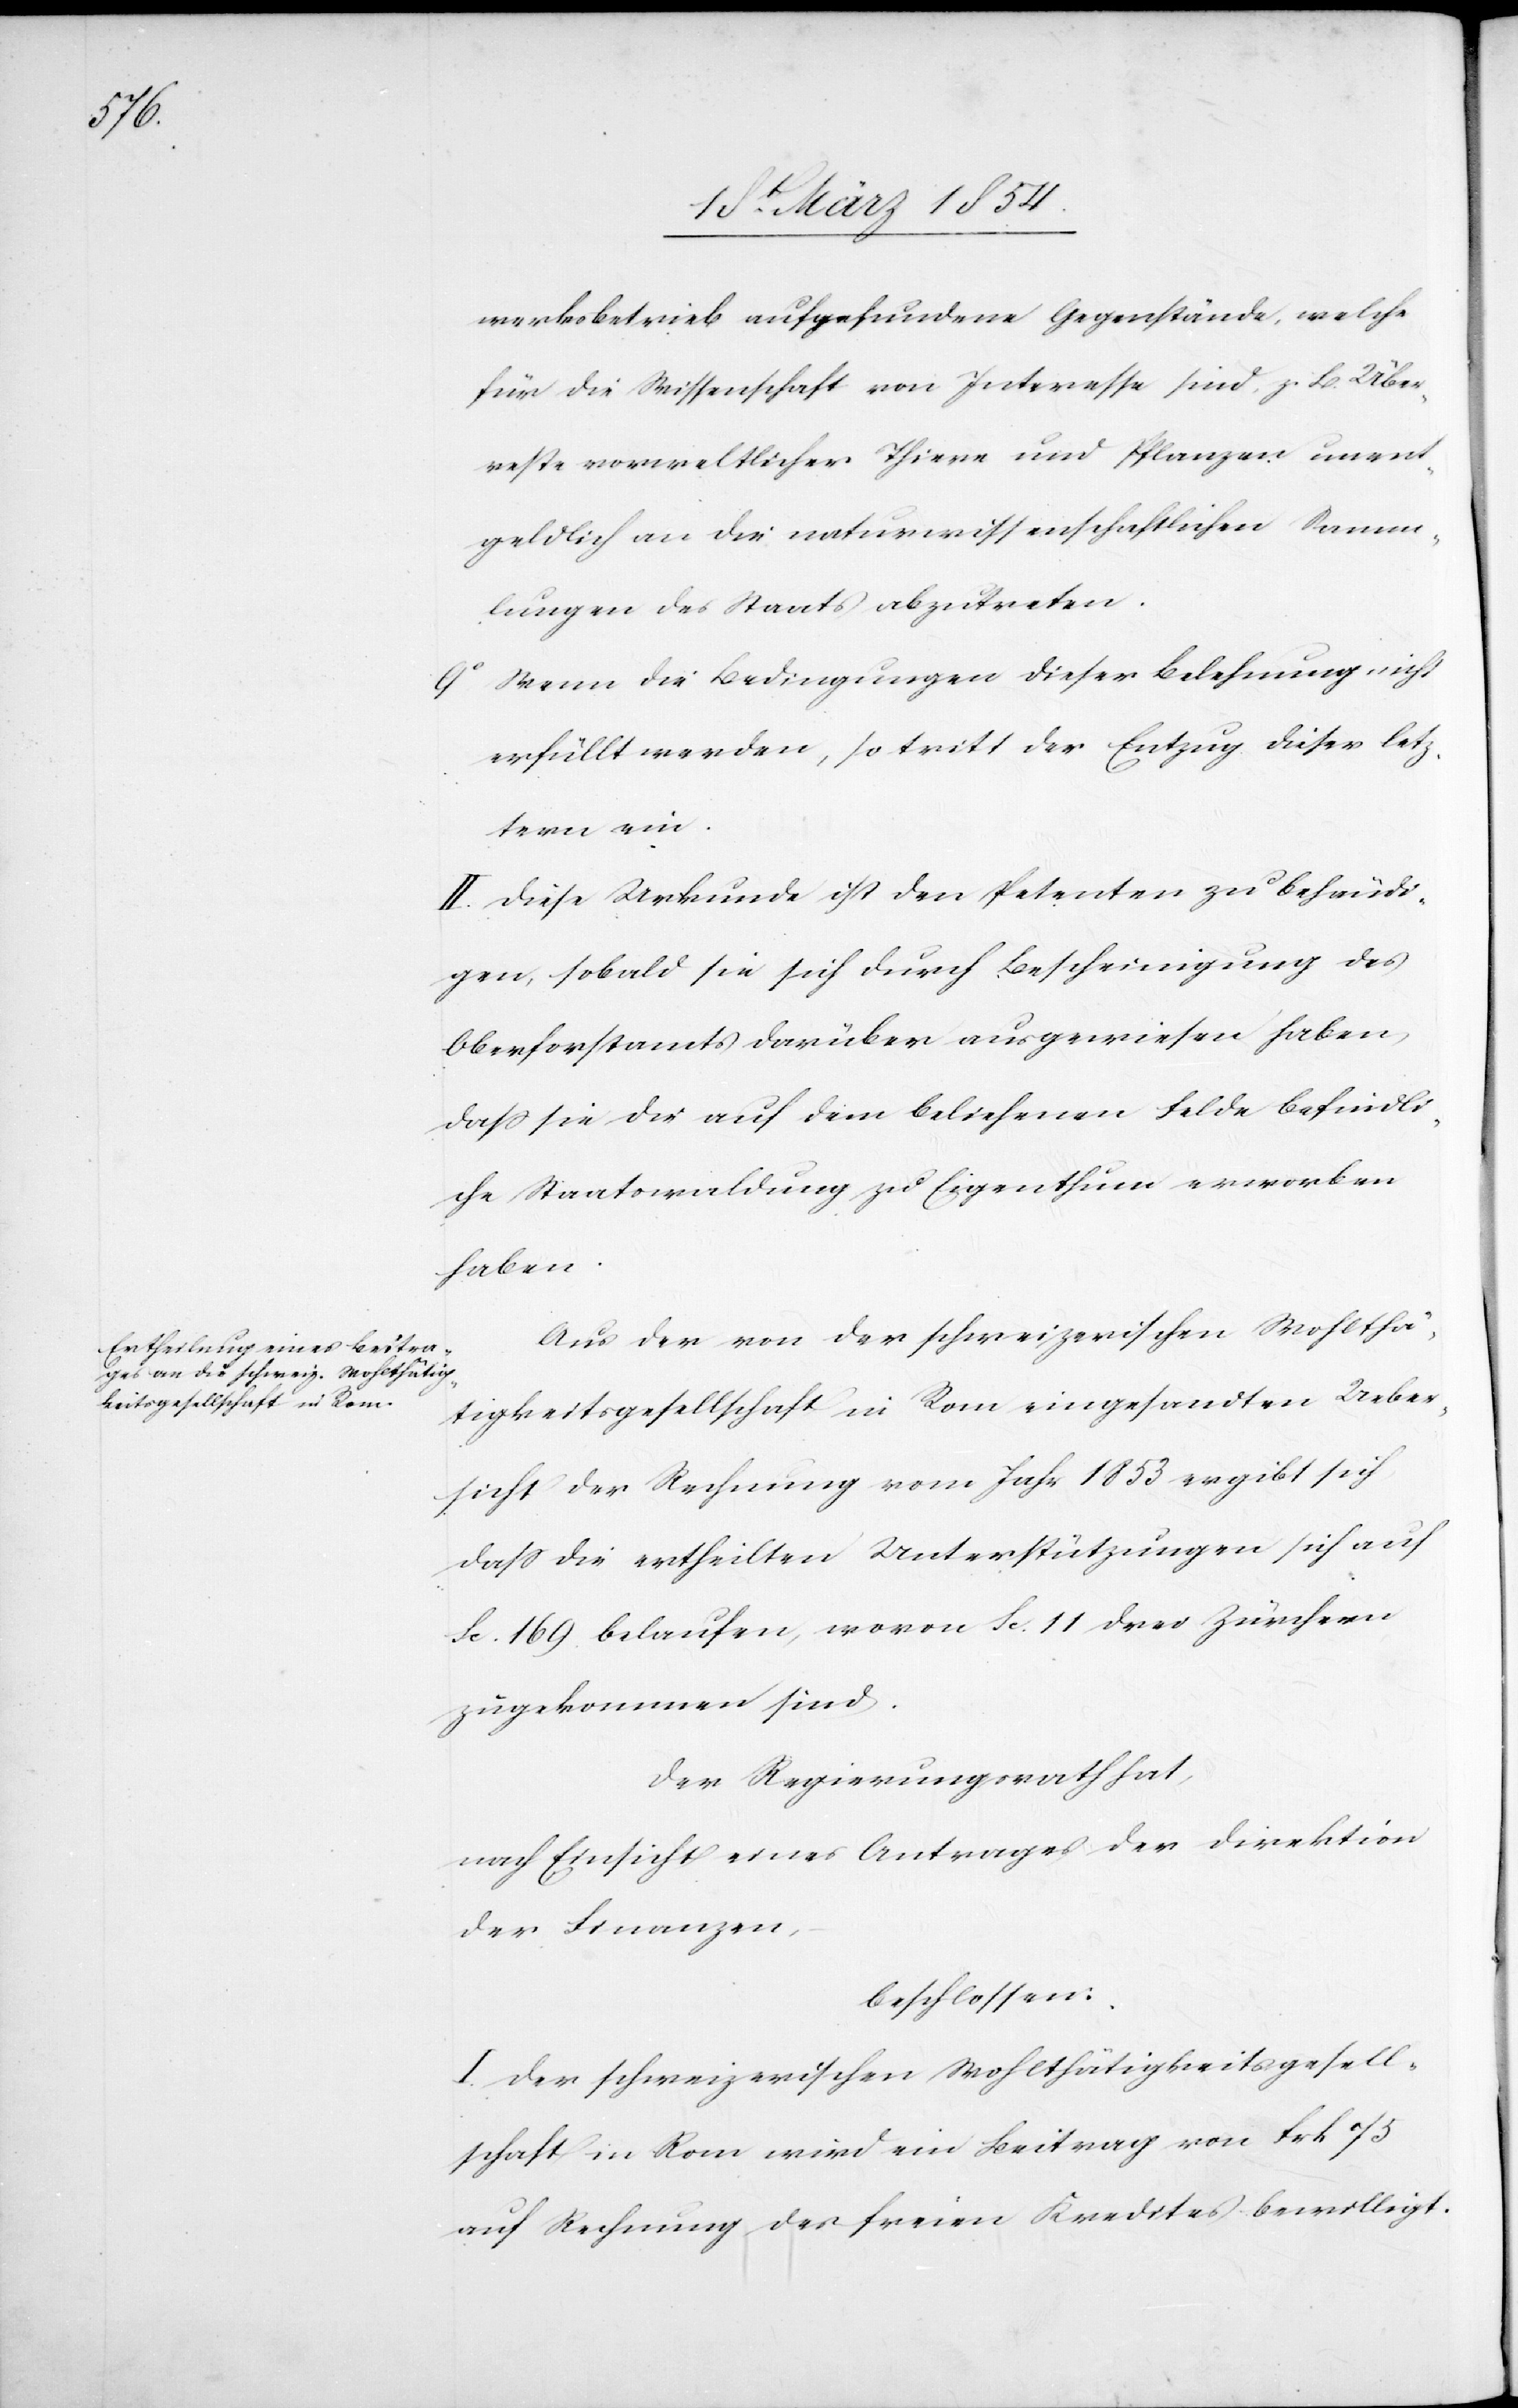
werksbetrieb aufgefundene Gegenstände, welche
für die Wissenschaft von Interesse sind, z. B. Über¬
reste vorweltlicher Thiere und Pflanzen unent¬
geldlich an die naturwissenschaftlichen Samm¬
lungen des Staats abzutreten.
9o Wenn die Bedingungen dieser Belehnung nicht
erfüllt werden, so tritt der Entzug dieser letz¬
tern ein.
II. Diese Urkunde ist den Petenten zu behändi¬
gen, sobald sie sich durch Bescheinigung des
Oberforstamtes darüber ausgewiesen haben,
daß sie die auf dem beliehenen Felde befindli¬
che Staatswaldung zu Eigenthum erworben
haben.
Aus der von der schweizerischen Wohlthä¬
tigkeitsgesellschaft in Rom eingesandten Ueber¬
sicht der Rechnung vom Jahr 1853 ergibt sich
daß die ertheilten Unterstützungen sich auf
Fc. 169 belaufen, wovon Fc. 11 drei Zürchern
zugekommen sind.
Der Regierungsrath hat,
nach Einsicht eines Antrages der Direktion
der Finanzen,
beschlossen:
I. Der schweizerischen Wohlthätigkeitsgesell¬
schaft in Rom wird ein Beitrag von Frk. 75
auf Rechnung des freien Kredites bewilligt.